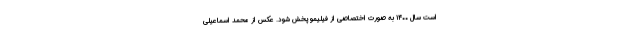
است سال ۱۴۰۰ به صورت اختصاصی از فیلیمو پخش شود. عکس از محمد اسماعیلی